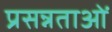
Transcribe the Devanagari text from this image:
प्रसन्नताओं